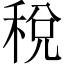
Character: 稅